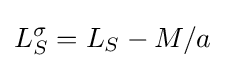
L_{S}^{\sigma }=L_{S}-{M}/a